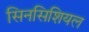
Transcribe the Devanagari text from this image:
सिनसिशियल